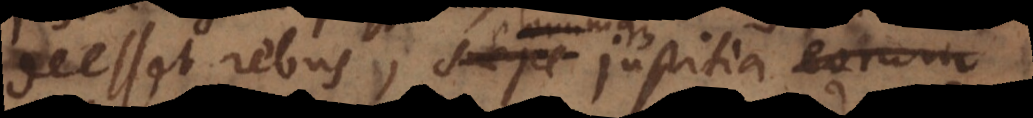
deesset rebus, saepe justitia bono